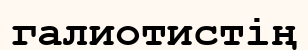
галиотистің